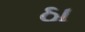
ઠા